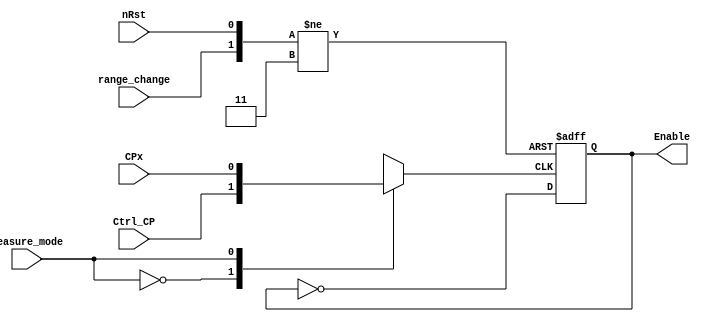
module Mux2to1_En(Enable, Ctrl_CP, CPx, measure_mode, range_change, nRst);
output reg 	Enable;
input  		Ctrl_CP, CPx, measure_mode, range_change, nRst;
reg 		iEn;

always @(measure_mode) begin//measure_mode or Ctrl_CP or CPx | measure_mode
	case(measure_mode)
		0:iEn <= Ctrl_CP;
		1:iEn <= CPx;
	endcase
end

always @(posedge iEn or negedge nRst or negedge range_change) begin
	if (!nRst) begin
		Enable 	<= 0;
	end
	else begin
		if (!range_change) begin
			Enable 	<= 0;
		end
		else begin
			Enable <= ~Enable;	
		end	
	end
end
endmodule